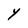
Character: Y